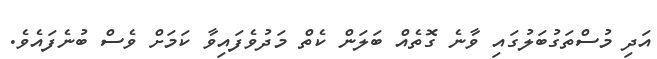
އަދި މުސްތަގުބަލުގައި ވާނެ ގޮތެއް ބަލަން ކެތް މަދުވެފައިވާ ކަމަށް ވެސް ބުނެފައެވެ.